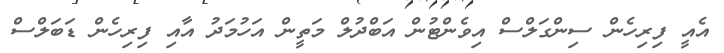
އެއީ ފިރިހެން ސިންގަލްސް އިވެންޓުން އަބްދުލް މަތީން އަހުމަދު އާއި ފިރިހެން ޑަބަލްސް